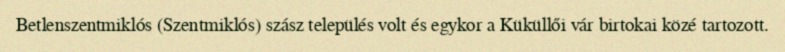
Betlenszentmiklós (Szentmiklós) szász település volt és egykor a Küküllői vár birtokai közé tartozott.